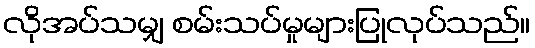
လိုအပ်သမျှ စမ်းသပ်မှုများပြုလုပ်သည်။